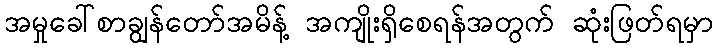
အမှုခေါ်စာချွန်တော်အမိန့် အကျိုးရှိစေရန်အတွက် ဆုံးဖြတ်ရမှာ